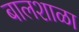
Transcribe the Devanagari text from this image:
बालशाळा